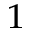
^ 1